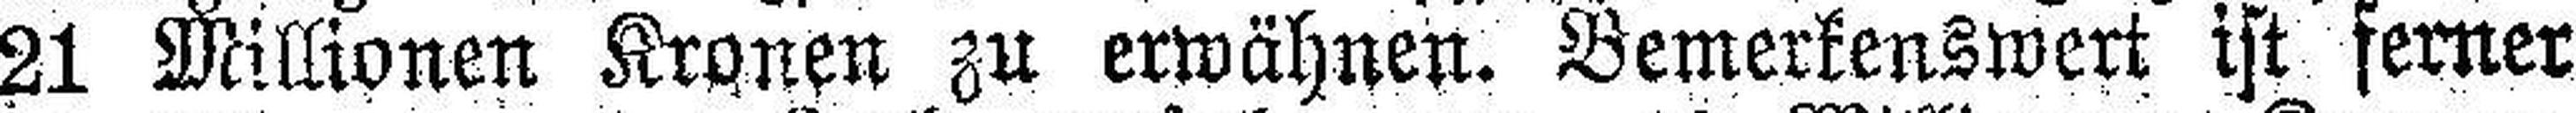
21 Millionen Kronen zu erwähnen. Bemerkenswert ist ferner